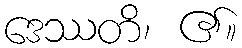
ဒေဿတိ၊ ၏။